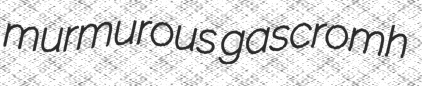
murmurous gascromh